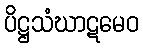
ပိဋ္ဌသံဃာဋမေဝ